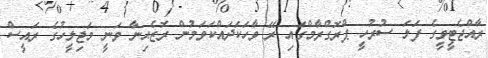
ރާއްޖެޓީވީގެ ފަލަ ސުރުހީ ޕްރޮގްރާމްގައި ރޭ ވާހަކަދައްކަވަމުން ރޮޒެއިނާ ވަނީ މަޖިލީހުގެ ރައީސް